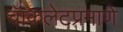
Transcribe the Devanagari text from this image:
चॅाकलेटप्रमाणे